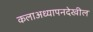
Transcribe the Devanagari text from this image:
कलाअध्यापनदेखील